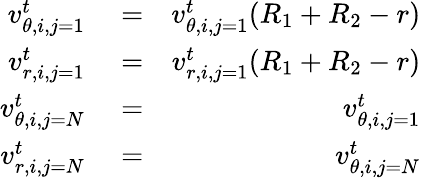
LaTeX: \begin{array}{rlr}{v_{\theta,i,j=1}^{t}}&{{}=}&{v_{\theta,i,j=1}^{t}(R_{1}+R_{2}-r)}\\ {v_{r,i,j=1}^{t}}&{{}=}&{v_{r,i,j=1}^{t}(R_{1}+R_{2}-r)}\\ {v_{\theta,i,j=N}^{t}}&{{}=}&{v_{\theta,i,j=1}^{t}}\\ {v_{r,i,j=N}^{t}}&{{}=}&{v_{\theta,i,j=N}^{t}}\end{array}